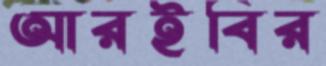
আরইবির